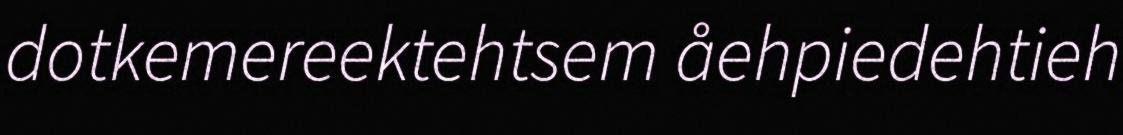
dotkemereektehtsem åehpiedehtieh